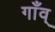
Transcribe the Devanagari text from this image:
गाँव्